Lunatic asylums United Provinces 1899-1908 - 1899-1908
Year: 1899
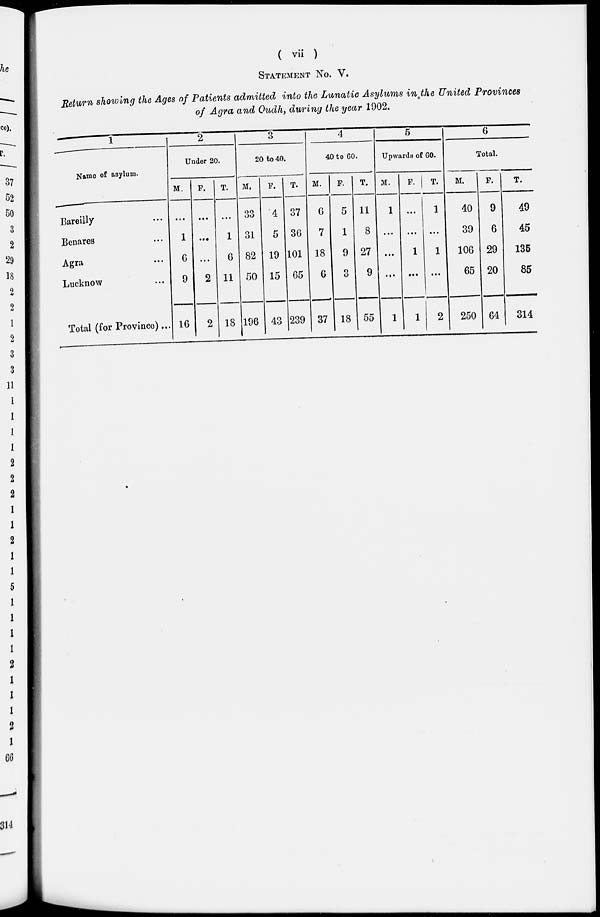
( vii )
STATEMENT No. V.
Return showing the Ages of Patients admitted into the Lunatic Asylums in the United Provinces
of Agra and Oudh, during the year 1902.
1
Name of asylum.
Bareilly ...
Benares ...
Agra ...
Lucknow ...
Total (for Province) ...
2
Under 20.
M.
...
1
6
9
16
F.
...
...
...
2
2
T.
...
1
6
11
18
3
20 to 40.
M.
33
31
82
50
196
F.
4
5
19
15
43
T.
37
36
101
65
239
4
40 to 60.
M.
6
7
18
6
37
F.
5
1
9
3
18
T.
11
8
27
9
55
5
Upwards of 60.
M.
1
...
...
...
1
F.
...
...
1
...
1
T.
1
...
1
...
2
6
Total.
M.
40
39
106
65
250
F.
9
6
29
20
64
T.
49
45
135
85
314